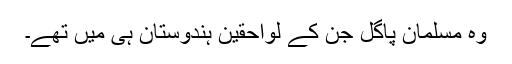
وہ مسلمان پاگل جن کے لواحقین ہندوستان ہی میں تھے۔